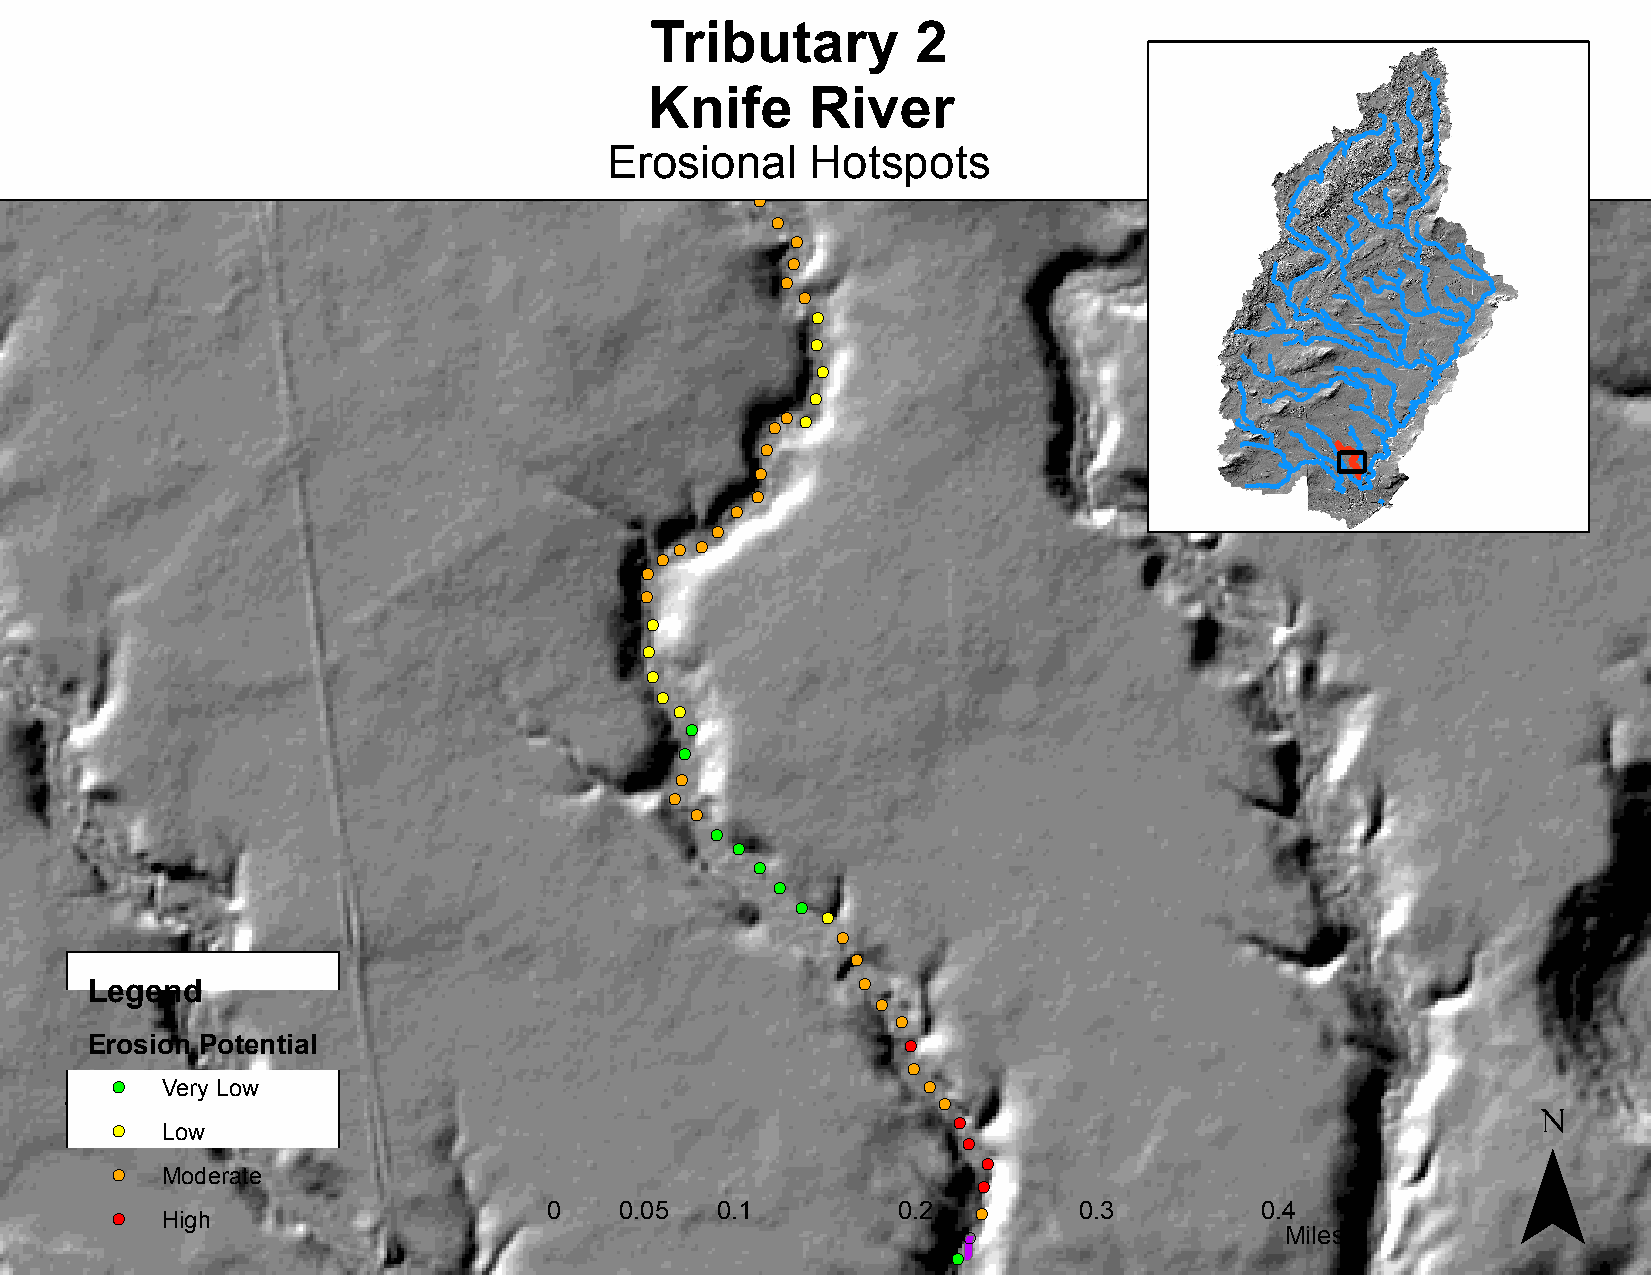
Tributary         2
 Knife      River
 Erosional     Hotspots
 !(
 !(
 !(
 !(
 !(
 !(
 !(
 !(
 !(
 !(
 !(
 !(!( !(
 !(
 !(
 !(
 !(
 !(
 !( !(
 !(
 !(
 !(
 !(
 !(
 !(
 !(
 !(
 !(
 !(
 !(
 !(
 !(
 !(
 !(
 !(
 !(
 !(
 !(
 !(
 !(
 !(
 Legend
 !(
 !(
 Erosion Potential                                     !(
 !(
 ¯
 !(  Very Low                                          !(
 !(
 !(
 !(  Low
 !(
 !(
 !(  Moderate
 !(
 !(  High                     0    0.05  0.1         0.2   !(    0.3         0.4
 !(                   Miles
 !(
 !(